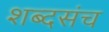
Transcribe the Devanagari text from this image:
शब्दसंच